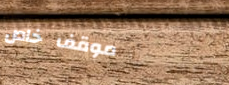
موقف خاص